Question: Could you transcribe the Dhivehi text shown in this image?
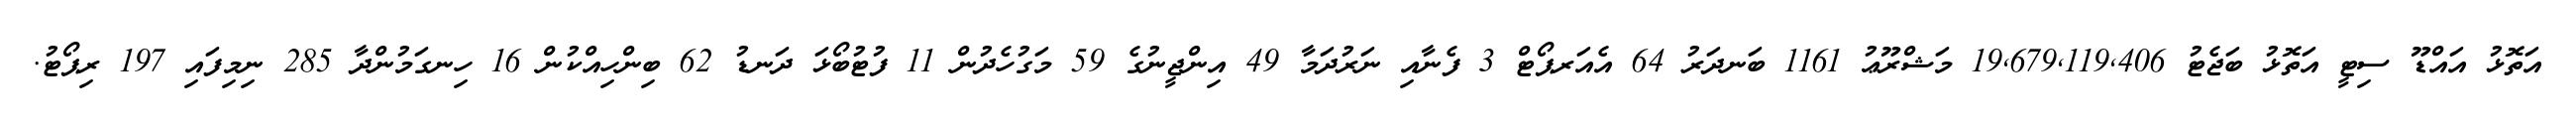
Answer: އަތޮޅު އައްޑޫ ސިޓީ އަތޮޅު ބަޖެޓު 19,679,119,406 މަޝްރޫޢު 1161 ބަނދަރު 64 އެއަރޕޯޓް 3 ފެނާއި ނަރުދަމާ 49 އިންޖީނުގެ 59 މަގުހެދުން 11 ފުޓުބޯޅަ ދަނޑު 62 ބިންހިއްކުން 16 ހިނގަމުންދާ 285 ނިމިފައި 197 ރިޕޯޓު.